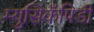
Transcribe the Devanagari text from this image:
म्युसिकॅपिडी